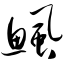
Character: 鲺